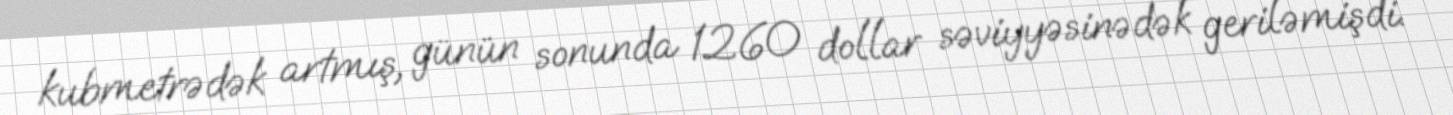
kubmetrədək artmış, günün sonunda 1260 dollar səviyyəsinədək geriləmişdi.